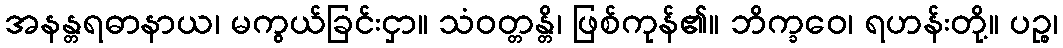
အနန္တရဓာနာယ၊ မကွယ်ခြင်းငှာ။ သံဝတ္တန္တိ၊ ဖြစ်ကုန်၏။ ဘိက္ခဝေ၊ ရဟန်းတို့။ ပဉ္စ၊